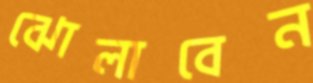
ঝোলাবেন